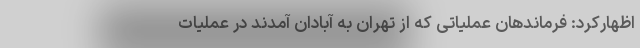
اظهارکرد: فرماندهان عملیاتی که از تهران به آبادان آمدند در عملیات